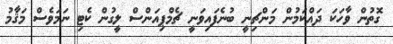
ގޮތުން ވާހަކަ ދައްކަމުން މަންޗިނީ ބުނެފައިވަނީ ޗެމްޕިއަންސް ލީގުން ކެޓި ނަމަވެސް މަޤާމު